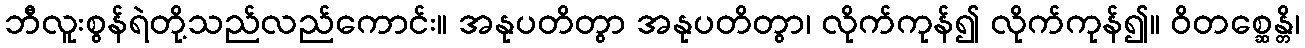
ဘီလူးစွန်ရဲတို့သည်လည်ကောင်း။ အနုပတိတွာ အနုပတိတွာ၊ လိုက်ကုန်၍ လိုက်ကုန်၍။ ဝိတစ္ဆေန္တိ၊